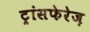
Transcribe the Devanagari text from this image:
ट्रांसफेरेज़